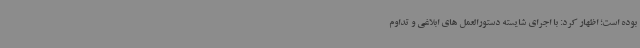
بوده است؛ اظهار کرد: با اجرای شایسته دستورالعمل های ابلاغی و تداوم